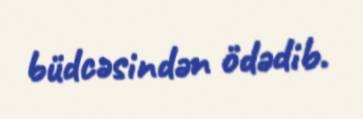
büdcəsindən ödədib.